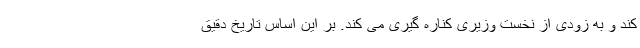
کند و به زودی از نخست وزیری کناره گیری می کند. بر این اساس تاریخ دقیق